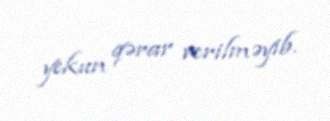
yekun qərar verilməyib.